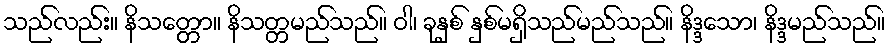
သည်လည်း။ နိသတ္တော။ နိသတ္တမည်သည်။ ဝါ၊ ခုနှစ် နှစ်မရှိသည်မည်သည်။ နိဒ္ဒသော၊ နိဒ္ဒမည်သည်။